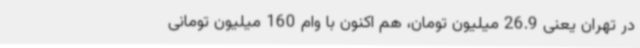
در تهران یعنی 26.9 میلیون تومان، هم اکنون با وام 160 میلیون تومانی